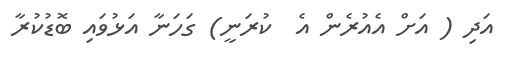
އަދި ( އަށް އެއުރެން އެ  ކުރަނީ) ގަހަނާ އަޅުވައި ބޮޑުކުރާ